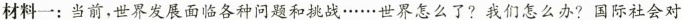
材料一：当前，世界发展面临各种问题和挑战……世界怎么了?我们怎么办?国际社会对